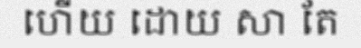
ហើយ ដោយ សា តែ